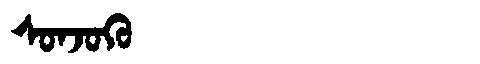
Manchu: ᠰᠣᠨᠵᠣᡴᡠ
Romanization: SONJOKU